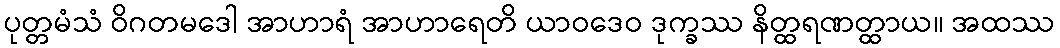
ပုတ္တမံသံ ဝိဂတမဒေါ အာဟာရံ အာဟာရေတိ ယာဝဒေဝ ဒုက္ခဿ နိတ္ထရဏတ္ထာယ။ အထဿ